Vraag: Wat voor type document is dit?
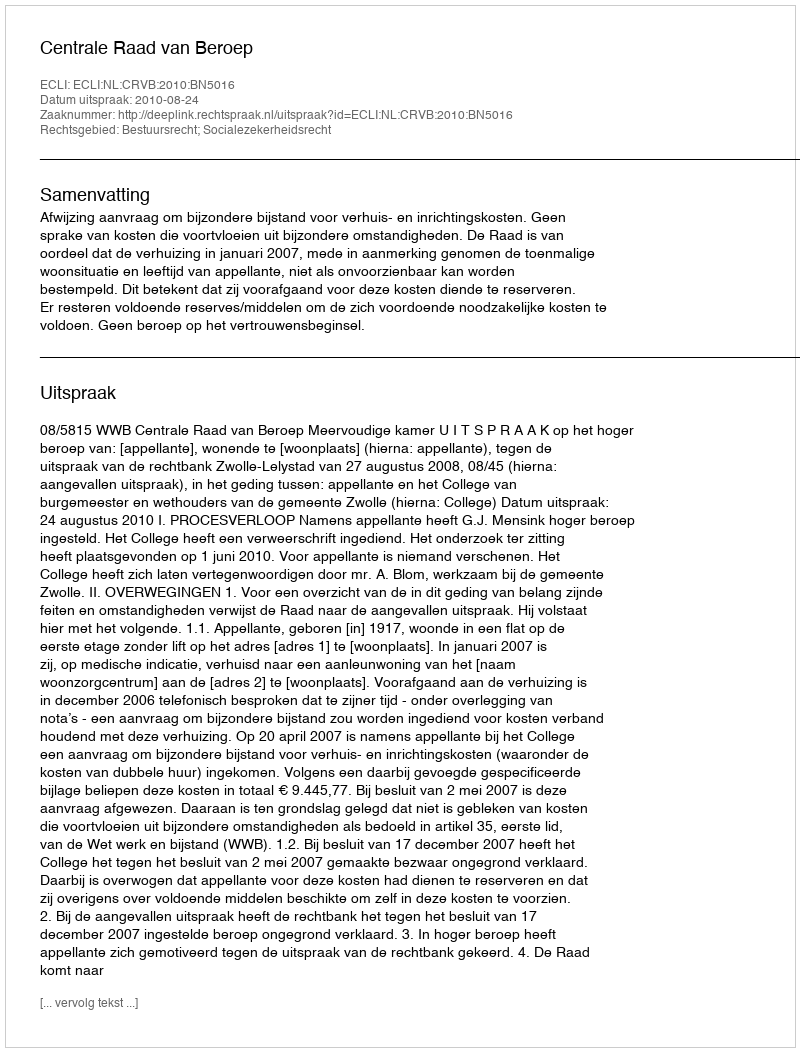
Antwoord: Uitspraak